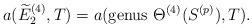
LaTeX: \begin{align*}a(\widetilde E_2^{(4)},T)=a(\mathrm{genus} \ \Theta^{(4)} (S^{(p)}),T).\end{align*}